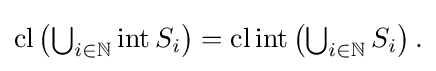
{\textstyle \operatorname {cl} \left(\bigcup _{i\in \mathbb {N} }\operatorname {int} S_{i}\right)=\operatorname {cl} \operatorname {int} \left(\bigcup _{i\in \mathbb {N} }S_{i}\right).}